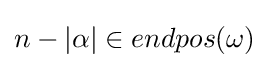
n-\vert \alpha \vert \in endpos(\omega )